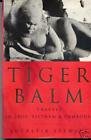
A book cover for Tiger Balm: Travels in Laos, Vietnam & Cambodia; Lucretia Stewart; Travel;